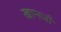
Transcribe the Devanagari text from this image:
खानजी